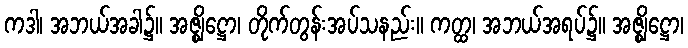
ကဒါ၊ အဘယ်အခါ၌။ အဇ္ဈိဋ္ဌော၊ တိုက်တွန်းအပ်သနည်း။ ကတ္ထ၊ အဘယ်အရပ်၌။ အဇ္ဈိဋ္ဌော၊